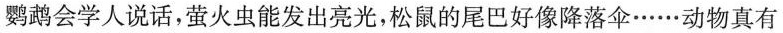
鹦鹉会学人说话，萤火虫能发出亮光，松鼠的尾巴好像降落伞……动物真有